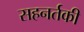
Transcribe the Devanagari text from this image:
सहनर्तकी